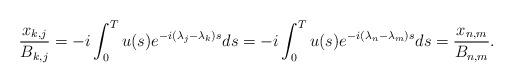
LaTeX: \begin{align*}\frac{x_{k,j}}{B_{k,j}}&=-i\int_{0}^Tu(s)e^{-i(\lambda_j-\lambda_k)s}ds=-i\int_{0}^Tu(s)e^{-i(\lambda_n-\lambda_m)s}ds=\frac{x_{n,m}}{B_{n,m}}.\\\end{align*}